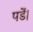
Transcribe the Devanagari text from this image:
पडें।